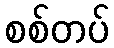
စစ်တပ်